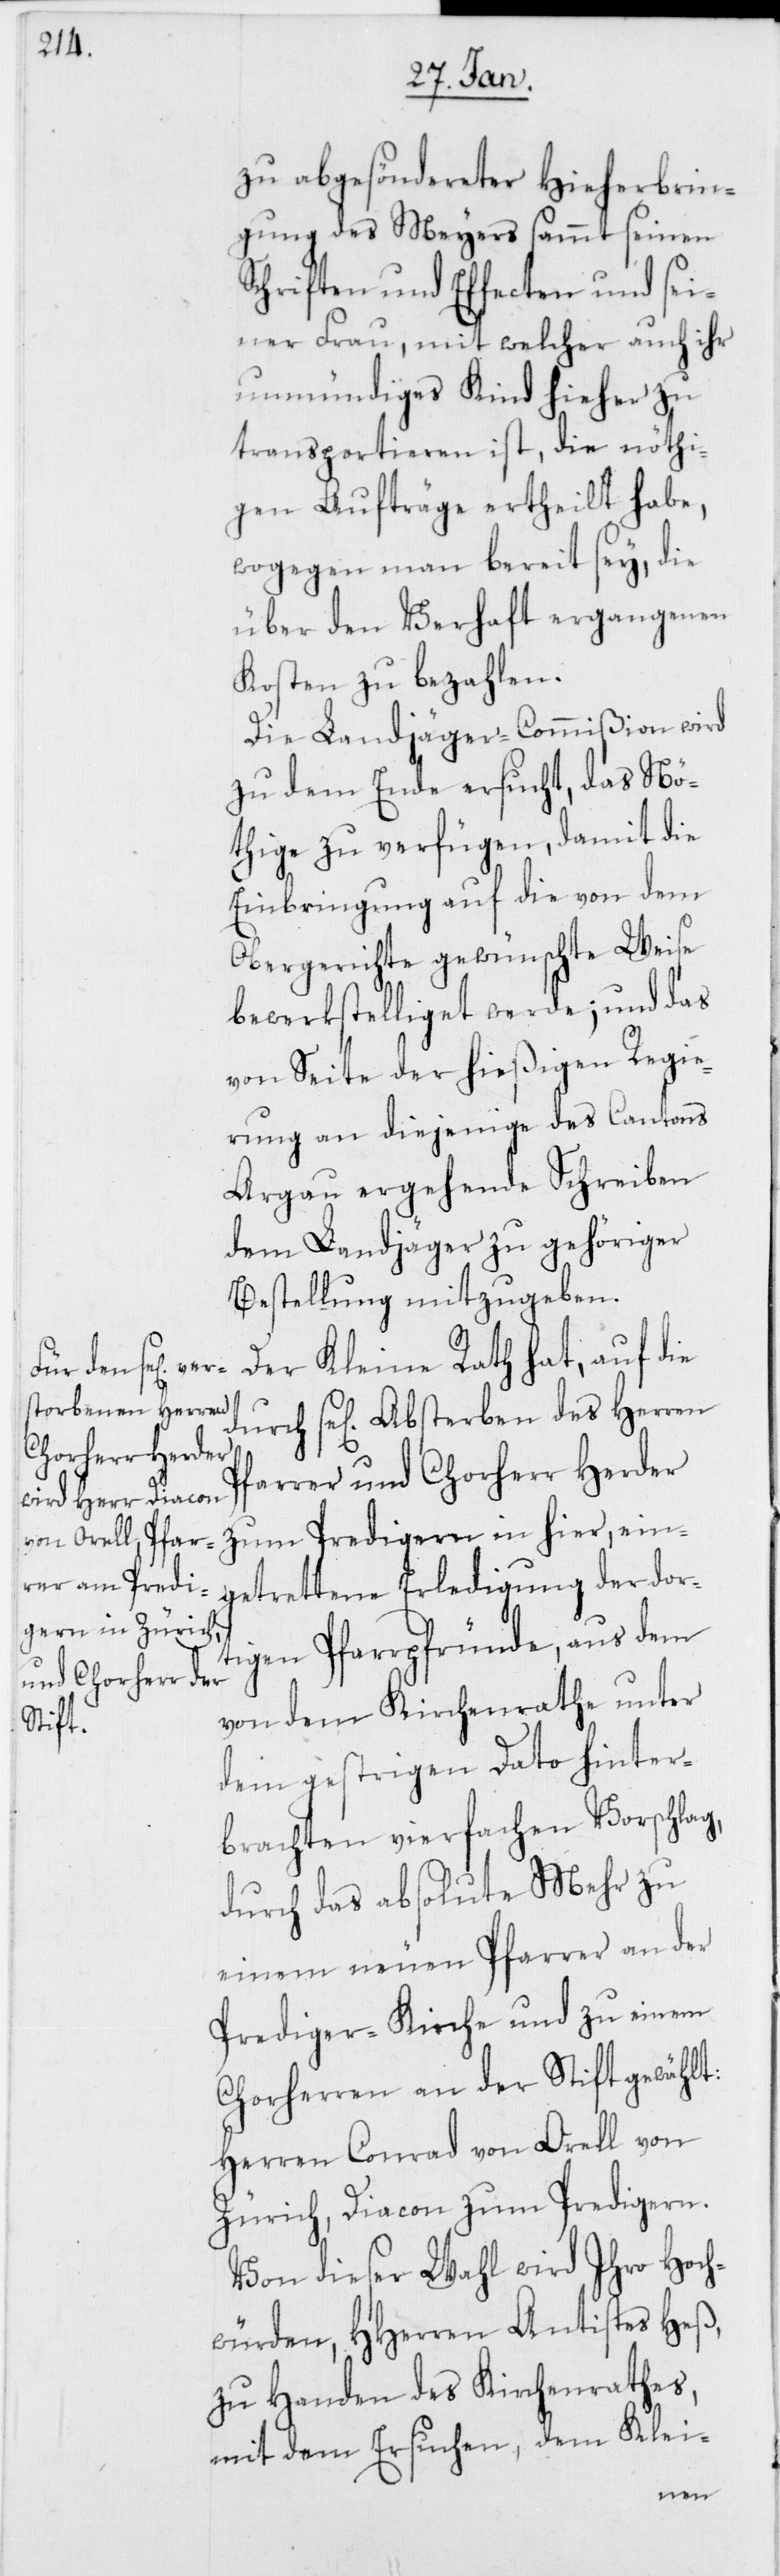
zu abgesöndereter Hieherbrin¬
gung des Meyers sammt seinen
Schriften und Effecten und sei¬
ner Frau, mit welcher auch ihr
unmündiges Kind hieher zu
transportieren ist, die nöthi¬
gen Aufträge ertheilt habe,
wogegen man bereit sey, die
über den Verhaft ergangenen
Kosten zu bezahlen.
Die Landjäger-Commißion wird
zu dem Ende ersucht, das Nö¬
thige zu verfügen, damit die
Einbringung auf die von dem
Obergerichte gewünschte Weise
bewerkstelliget werde; und das
von Seite der hießigen Regie¬
rung an diejenige des Cantons
Argau ergehende Schreiben
dem Landjäger zu gehöriger
Bestellung mitzugeben.
Der Kleine Rath hat, auf die
se[liges] Absterben des Herren
Pfarrer und Chorherr Herder
etrettene Erledigung der dor¬
tigen Pfarrpfründe, aus dem
von dem Kirchenrathe unter
dem gestrigen Dato hinter¬
brachten vierfachen Vorschlag,
durch das absolute Mehr zu
einem neuen Pfarrer an der
Prediger-Kirche und zu einem
Chorherren an der Stift gewählt:
Herren Conrad von Orell von
Zürich, Diacon zum Predigern.
Von dieser Wahl wird Ihro Hoch¬
würden, HHerren Antistes Heß,
zu Handen des Kirchenrathes,
mit dem Ersuchen, dem Klei-
eing¬